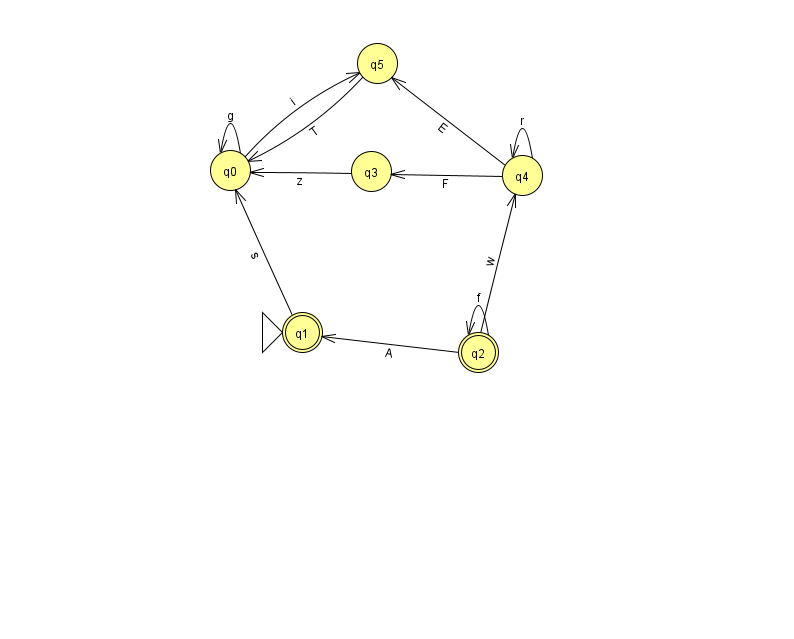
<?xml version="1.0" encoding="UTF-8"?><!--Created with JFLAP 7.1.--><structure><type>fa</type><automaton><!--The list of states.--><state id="0" name="q0"><x>230.0</x><y>157.0</y></state><state id="1" name="q1"><x>302.0</x><y>319.0</y><initial/><final/></state><state id="2" name="q2"><x>478.0</x><y>339.0</y><final/></state><state id="3" name="q3"><x>371.0</x><y>158.0</y></state><state id="4" name="q4"><x>522.0</x><y>162.0</y></state><state id="5" name="q5"><x>377.0</x><y>50.0</y></state><!--The list of transitions.--><transition><from>4</from><to>3</to><read>F</read></transition><transition><from>4</from><to>4</to><read>r</read></transition><transition><from>2</from><to>4</to><read>w</read></transition><transition><from>2</from><to>2</to><read>f</read></transition><transition><from>0</from><to>0</to><read>g</read></transition><transition><from>0</from><to>5</to><read>i</read></transition><transition><from>2</from><to>1</to><read>A</read></transition><transition><from>3</from><to>0</to><read>z</read></transition><transition><from>5</from><to>0</to><read>T</read></transition><transition><from>1</from><to>0</to><read>s</read></transition><transition><from>4</from><to>5</to><read>E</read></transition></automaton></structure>